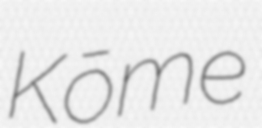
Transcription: Kōme